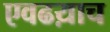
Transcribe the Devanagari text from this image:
एवढय़ाच